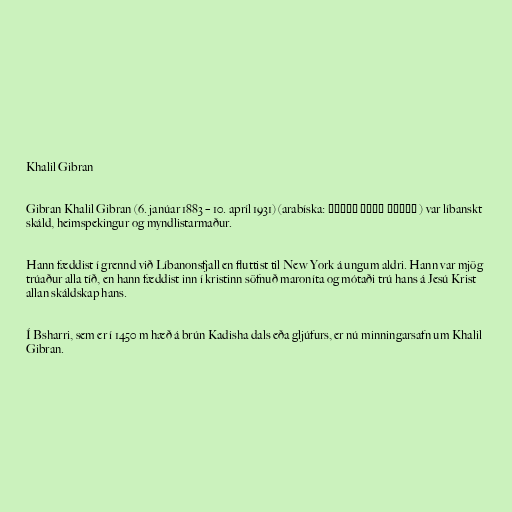
Khalil Gibran

Gibran Khalil Gibran (6. janúar 1883 – 10. apríl 1931) (arabíska: جبران خليل جبران ) var líbanskt
skáld, heimspekingur og myndlistarmaður.

Hann fæddist í grennd við Líbanonsfjall en fluttist til New York á ungum aldri. Hann var mjög
trúaður alla tíð, en hann fæddist inn í kristinn söfnuð maroníta og mótaði trú hans á Jesú Krist
allan skáldskap hans.

Í Bsharri, sem er í 1450 m hæð á brún Kadisha dals eða gljúfurs, er nú minningarsafn um Khalil
Gibran.